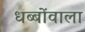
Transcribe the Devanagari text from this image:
धब्बोंवाला